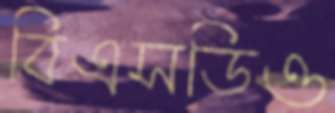
বিএসডিও